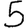
Digit: 5